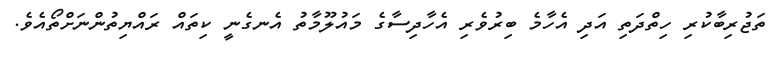
ތަޖުރިބާކުރި ހިތްދަތި އަދި އެހާމެ ބިރުވެރި އެހާދިސާގެ މައުލޫމާތު އެނގެނީ ކިތައް ރައްޔިތުންނަށްތޯއެވެ.